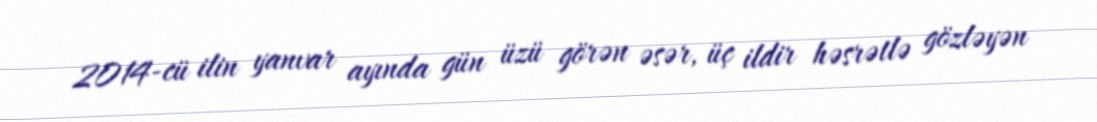
2014-cü ilin yanvar ayında gün üzü görən əsər, üç ildir həsrətlə gözləyən